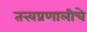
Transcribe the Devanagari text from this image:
तत्त्वप्रणालीचे